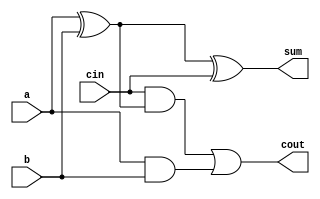
// iverilog FA_Structural.v 
// ./a.out
//Implement full adder in stuctural verilog

`timescale 1ns/1ps
module FA_Structural(a,b,cin,sum,cout);
    input a,b,cin;
    output sum,cout;
    wire x,y,z;

    xor(x,a,b);
    xor(sum,x,cin);
    and(y,cin,x);
    and(z,a,b);
    or(cout,y,z);

endmodule

module FPA_tb;
	reg a,b;
	reg cin;
	wire sum;
	wire cout;

	
	FA_Structural str(a,b,cin,sum,cout);
	
	initial begin
	
		#0   a=0;b=0;cin=0;
		#10  a=0;b=0;cin=1;
		#10  a=0;b=1;cin=0;
		#10  a=0;b=1;cin=1;
        #10  a=1;b=0;cin=0;
		#10  a=1;b=0;cin=1;
		#10  a=1;b=1;cin=0;
		#10  a=1;b=1;cin=1;

	end
	
	initial begin
		$monitor("%d: a=%b b=%b cin=%b sum=%b cout=%b",$time,a,b,cin,sum,cout);
		$dumpfile("FA.vcd");
		$dumpvars(0,FPA_tb);
	end
endmodule